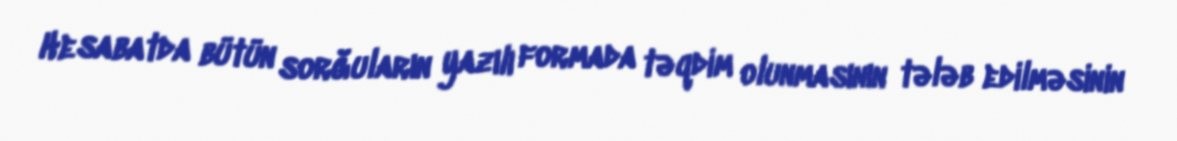
Hesabatda bütün sorğuların yazılı formada təqdim olunmasının tələb edilməsinin